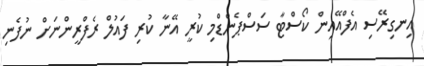
އިނގިރޭސި އެފްއޭއިން ކޯސްޓާ ސަސްޕެންޑްމި ކުރީ އޭނާ ކުރި ފައުލް ރެފްރީންނަށް ނުފެނި